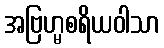
အဗြဟ္မစရိယဝါသာ